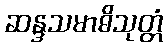
ဆန္ဒသမာဓိသုတ္တံ